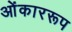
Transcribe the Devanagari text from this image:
ओंकाररूप